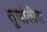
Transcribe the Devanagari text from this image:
तुर्यातीत